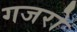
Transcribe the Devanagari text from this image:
गजरो